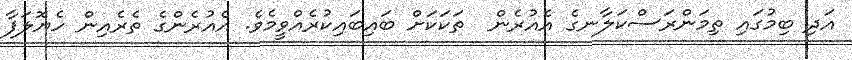
އަދި ބިމުގައި ތިމަންރަސްކަލާނގެ އެއުރެން  ތަކަކަށް ބައިބައިކުރެއްވީމެވެ. އެއުރެންގެ ތެރެއިން ހެޔޮލަފާ